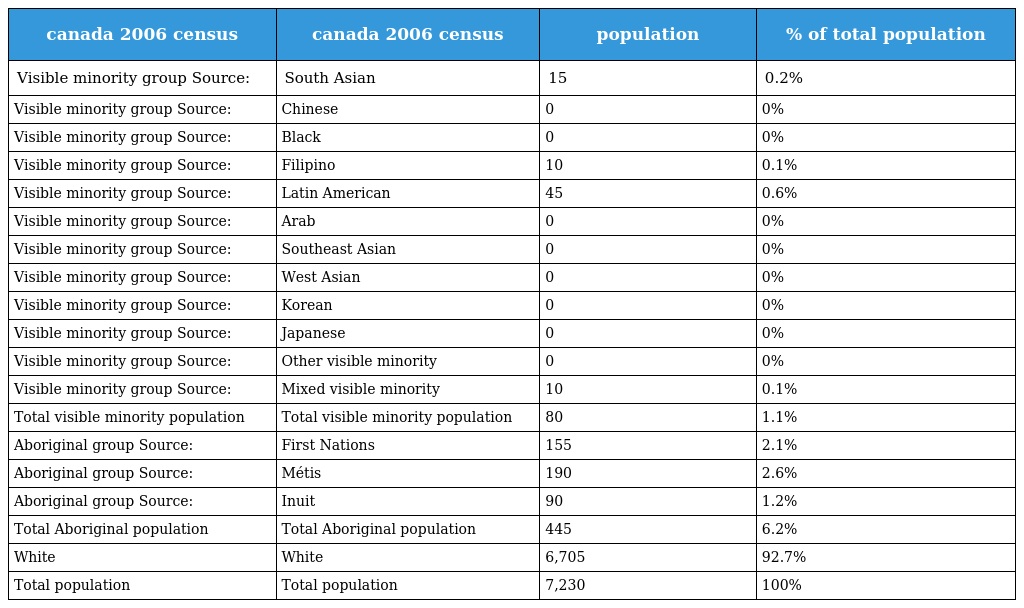
| canada 2006 census | canada 2006 census | population | % of total population |
 | --- | --- | --- | --- |
 | Visible minority group Source: | South Asian | 15 | 0.2% |
 | Visible minority group Source: | Chinese | 0 | 0% |
 | Visible minority group Source: | Black | 0 | 0% |
 | Visible minority group Source: | Filipino | 10 | 0.1% |
 | Visible minority group Source: | Latin American | 45 | 0.6% |
 | Visible minority group Source: | Arab | 0 | 0% |
 | Visible minority group Source: | Southeast Asian | 0 | 0% |
 | Visible minority group Source: | West Asian | 0 | 0% |
 | Visible minority group Source: | Korean | 0 | 0% |
 | Visible minority group Source: | Japanese | 0 | 0% |
 | Visible minority group Source: | Other visible minority | 0 | 0% |
 | Visible minority group Source: | Mixed visible minority | 10 | 0.1% |
 | Total visible minority population | Total visible minority population | 80 | 1.1% |
 | Aboriginal group Source: | First Nations | 155 | 2.1% |
 | Aboriginal group Source: | Métis | 190 | 2.6% |
 | Aboriginal group Source: | Inuit | 90 | 1.2% |
 | Total Aboriginal population | Total Aboriginal population | 445 | 6.2% |
 | White | White | 6,705 | 92.7% |
 | Total population | Total population | 7,230 | 100% |